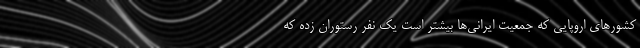
کشورهای اروپایی که جمعیت ایرانی‌ها بیشتر است یک نفر رستوران زده که